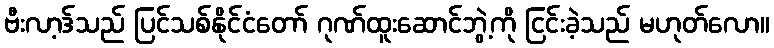
ဗီးလာ့ဒ်သည် ပြင်သစ်နိုင်ငံတော် ဂုဏ်ထူးဆောင်ဘွဲ့ကို ငြင်းခဲ့သည် မဟုတ်လော။